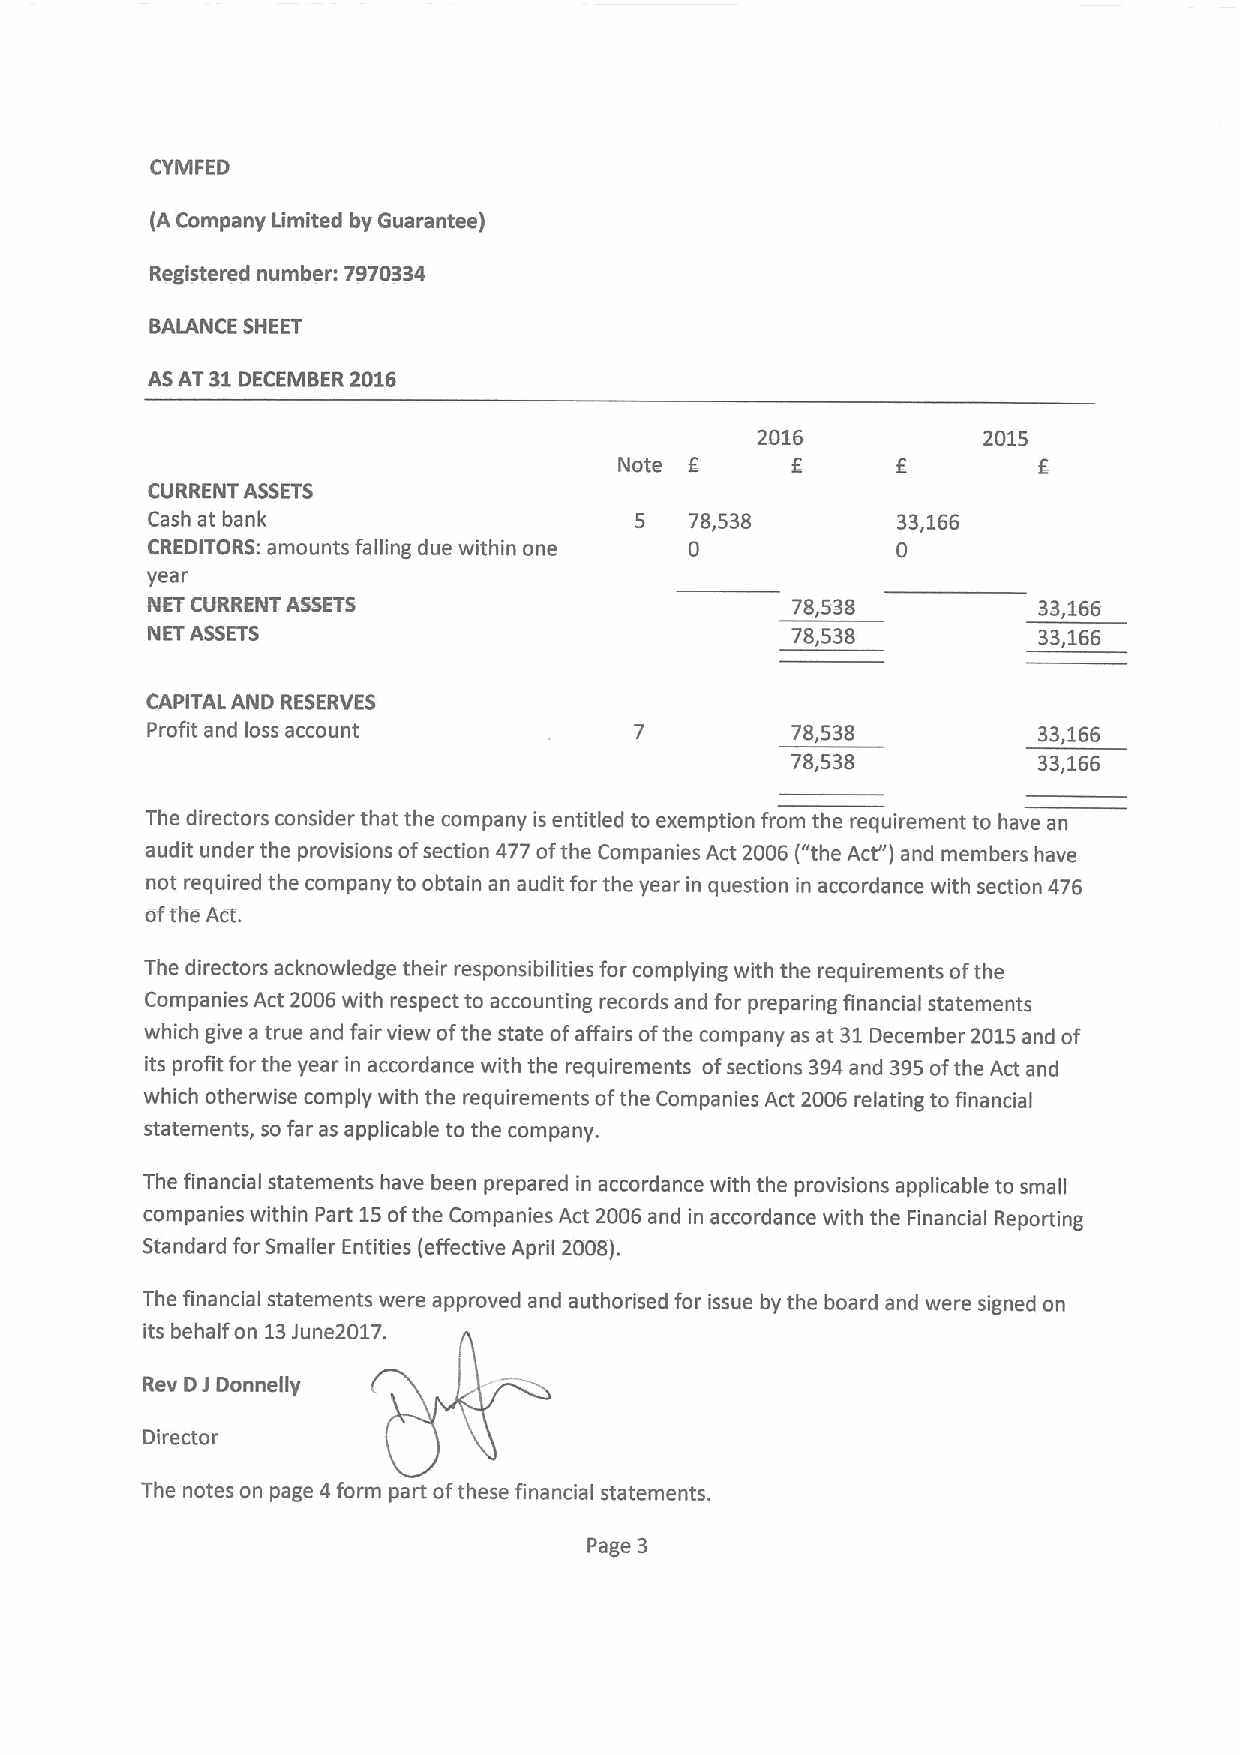
CYMFED
 (A Company Limited by Guarantee)
 Registered number: 7970334
 BALANCE SHEET
 ASAT 31DECEMBER 2016
 2016           2015
 Note              f-
 CURRENT ASSETS
 Cash at bank                    5   78,538       33,166
 CREDITORS: amounts falling due within one 0      0
 year
 NET CURRENT ASSETS                        78,538           33,166
 NET ASSETS                                78,538           33,166
 CAPITAL AND RESERVES
 Profit and loss account                   78,538           33,166
 78,538           33,166
 The directors consider that the company is entitled to exemption from the requirement to have an
 audit under the provisions ofsection 477 ofthe Companies Act 2006 ("the Act") and members have
 not required the company to obtain an audit for the year in question in accordance with section 476
 ofthe Act.
 The directors acknowledge their responsibilities for complying with the requirements ofthe
 Companies Act 2006 with respect to accounting records and for preparing financial statements
 which give a true and fair view ofthe state ofaffairs ofthe company as at 31December 2015and of
 its profit for the year in accordance with the requirements ofsections 394and 395ofthe Act and
 which otherwise comply with the requirements ofthe Companies Act 2006 relating to financial
 statements, so far as applicable to the company.
 The financial statements have been prepared in accordance with the provisions applicable to small
 companies within Part 15ofthe Companies Act 2006 and in accordance with the Financial Reporting
 Standard for Smaller Entities (effective April 2008).
 The financial statements were approved and authorised for issue by the board and were signed on
 its behalf on 13June2017.
 Rev DJ Donnelly
 Director
 The notes on page 4 form part ofthese financial statements.
 Page 3